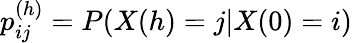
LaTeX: p_{ij}^{(h)}=P(X(h)=j|X(0)=i)